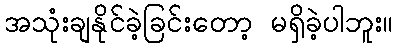
အသုံးချနိုင်ခဲ့ခြင်းတော့ မရှိခဲ့ပါဘူး။